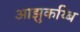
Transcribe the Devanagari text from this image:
आझुकय्बि